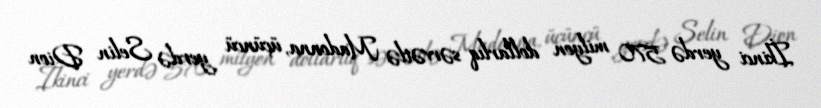
İkinci yerdə 570 milyon dollarlıq sərvətlə Madonna, üçüncü yerdə Selin Dion